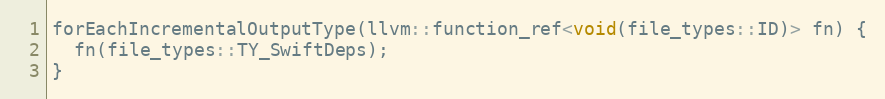
Language: C
forEachIncrementalOutputType(llvm::function_ref<void(file_types::ID)> fn) {
  fn(file_types::TY_SwiftDeps);
}